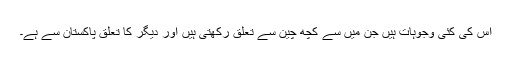
اس کی کئی وجوہات ہیں جن میں سے کچھ چین سے تعلق رکھتی ہیں اور دیگر کا تعلق پاکستان سے ہے۔